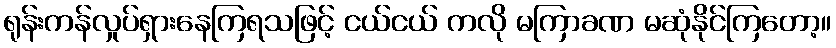
ရုန်းကန်လှုပ်ရှားနေကြရသဖြင့် ငယ်ငယ် ကလို မကြာခဏ မဆုံနိုင်ကြတော့။